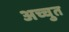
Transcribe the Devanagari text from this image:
अच्चुत